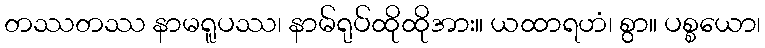
တဿတဿ နာမရူပဿ၊ နာမ်ရုပ်ထိုထိုအား။ ယထာရဟံ၊ စွာ။ ပစ္စယော၊